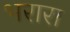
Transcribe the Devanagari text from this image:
भरारा